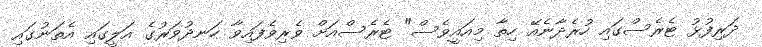
ދަރިފުޅު ޓެރެސްގައި ހުރެދާނެއޭ ހިތާ މިއައީވެސް" ޓެރެސްއަށް ވެރިވެފައިވާ ހަނދުވަރުގެ އަލީގައި އެތަނުގައި